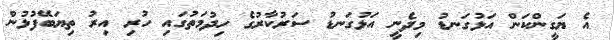
އެ ޔަގީންކަން އަޅުގަނޑު މިދެނީ އަޅުގަނޑު ސަރުކާރުގެ ހިދުމަތުގައި ހުރި އިރު ތިޔަބޭފުޅުން